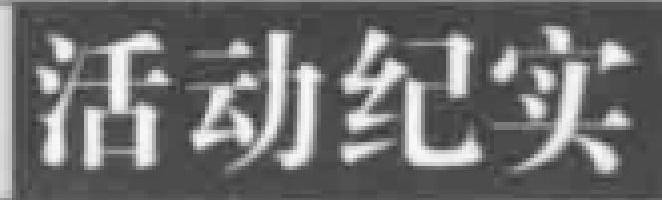
活动纪实